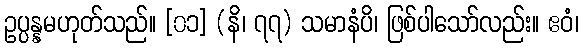
ဥပ္ပန္နမဟုတ်သည်။ [၀၁] (နိ၊ ၇၇) သမာနံပိ၊ ဖြစ်ပါသော်လည်း။ ဧဝံ၊